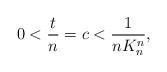
LaTeX: \begin{align*} 0< \frac{t}{n}=c< \frac{1}{n K_n^n}, \end{align*}